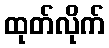
ထုတ်လိုက်